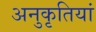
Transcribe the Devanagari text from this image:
अनुकृतियां